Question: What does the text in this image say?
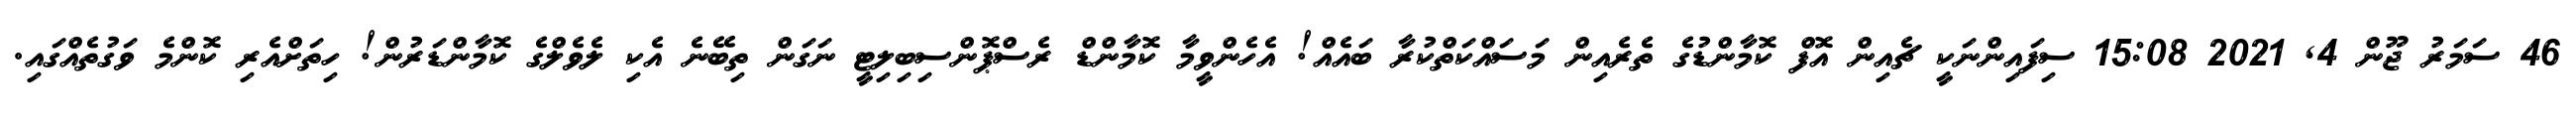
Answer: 46 ސަމަރު ޖޫން 4, 2021 15:08 ސިފައިންނަކީ ޗެއިން އޮފް ކޮމާންޑުގެ ތެރެއިން މަސައްކަތްކުރާ ބައެއް! އެހެންވީމާ ކޮމާންޑް ރެސްޕޮންސިބިލިޓީ ނަގަން ތިބޭނެ އެކި ލެވެލްގެ ކޮމާންޑަރުން! ހިތަށްއެރި ކޮންމެ ވަގުތެއްގައި.